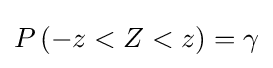
P\left(-z<Z<z\right)=\gamma